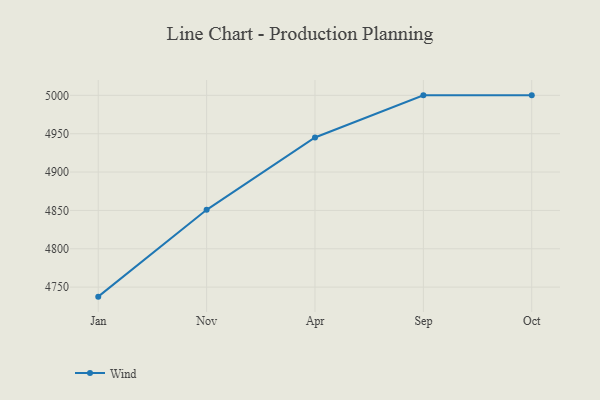
{"axis": {"x": "Month", "y": "Temperature (°C)"}, "legend": ["Wind"], "data": [{"x": "Jan", "y": 4737.6, "type": "Wind"}, {"x": "Nov", "y": 4850.8, "type": "Wind"}, {"x": "Apr", "y": 4945.1, "type": "Wind"}, {"x": "Sep", "y": 5000, "type": "Wind"}, {"x": "Oct", "y": 5000, "type": "Wind"}]}